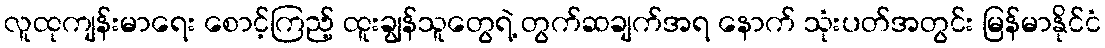
လူထုကျန်းမာရေး စောင့်ကြည့် ထူးချွန်သူတွေရဲ့ တွက်ဆချက်အရ နောက် သုံးပတ်အတွင်း မြန်မာနိုင်ငံ